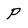
Character: P